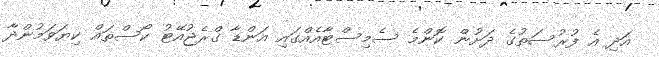
އަދި އެ ފުރުސަތުގެ ދަށުން ކޮންމެ ސެމިސްޓާއެއްގައި އަންޑާ ގްރެޖުއޭޓު ކޯސްތައް ކިޔަވަމުންދާ